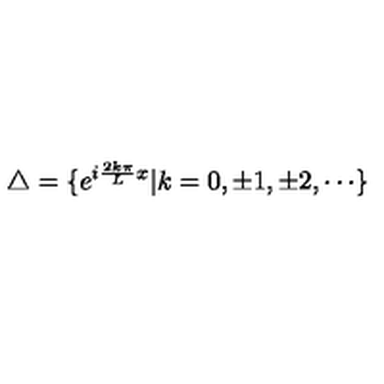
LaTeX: \triangle = \{ e ^ { i \frac { 2 k \pi } L x } | k = 0 , \pm 1 , \pm 2 , \cdots \}